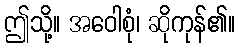
ဤသို့။ အဝေါစုံ၊ ဆိုကုန်၏။